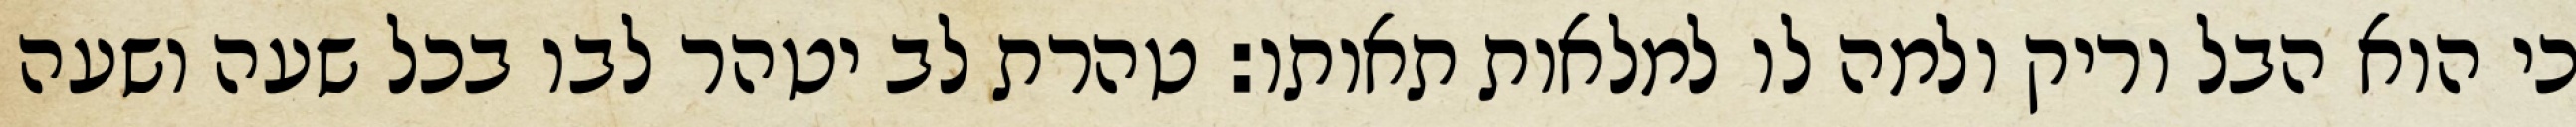
כי הוא הבל וריק ולמה לו למלאות תאותו: טהרת לב יטהר לבו בכל שעה ושעה